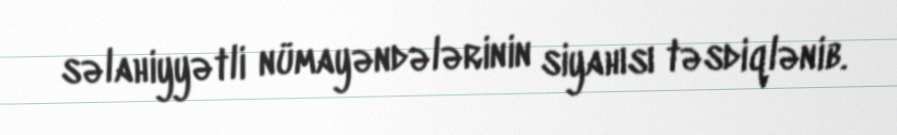
səlahiyyətli nümayəndələrinin siyahısı təsdiqlənib.